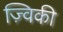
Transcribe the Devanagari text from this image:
ज़्विकी